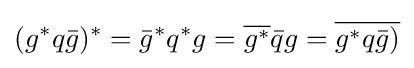
(g^{*}q{\bar {g}})^{*}={\bar {g}}^{*}q^{*}g={\overline {g^{*}}}{\bar {q}}g={\overline {g^{*}q{\bar {g}})}}